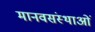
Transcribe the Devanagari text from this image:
मानवसंस्थाओं